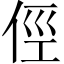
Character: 俓